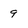
Character: 9